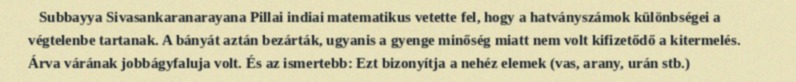
Subbayya Sivasankaranarayana Pillai indiai matematikus vetette fel, hogy a hatványszámok különbségei a végtelenbe tartanak. A bányát aztán bezárták, ugyanis a gyenge minőség miatt nem volt kifizetődő a kitermelés. Árva várának jobbágyfaluja volt. És az ismertebb: Ezt bizonyítja a nehéz elemek (vas, arany, urán stb.)